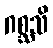
ဂစ္ဆသိ